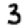
Digit: 3